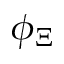
\phi _ { \Xi }